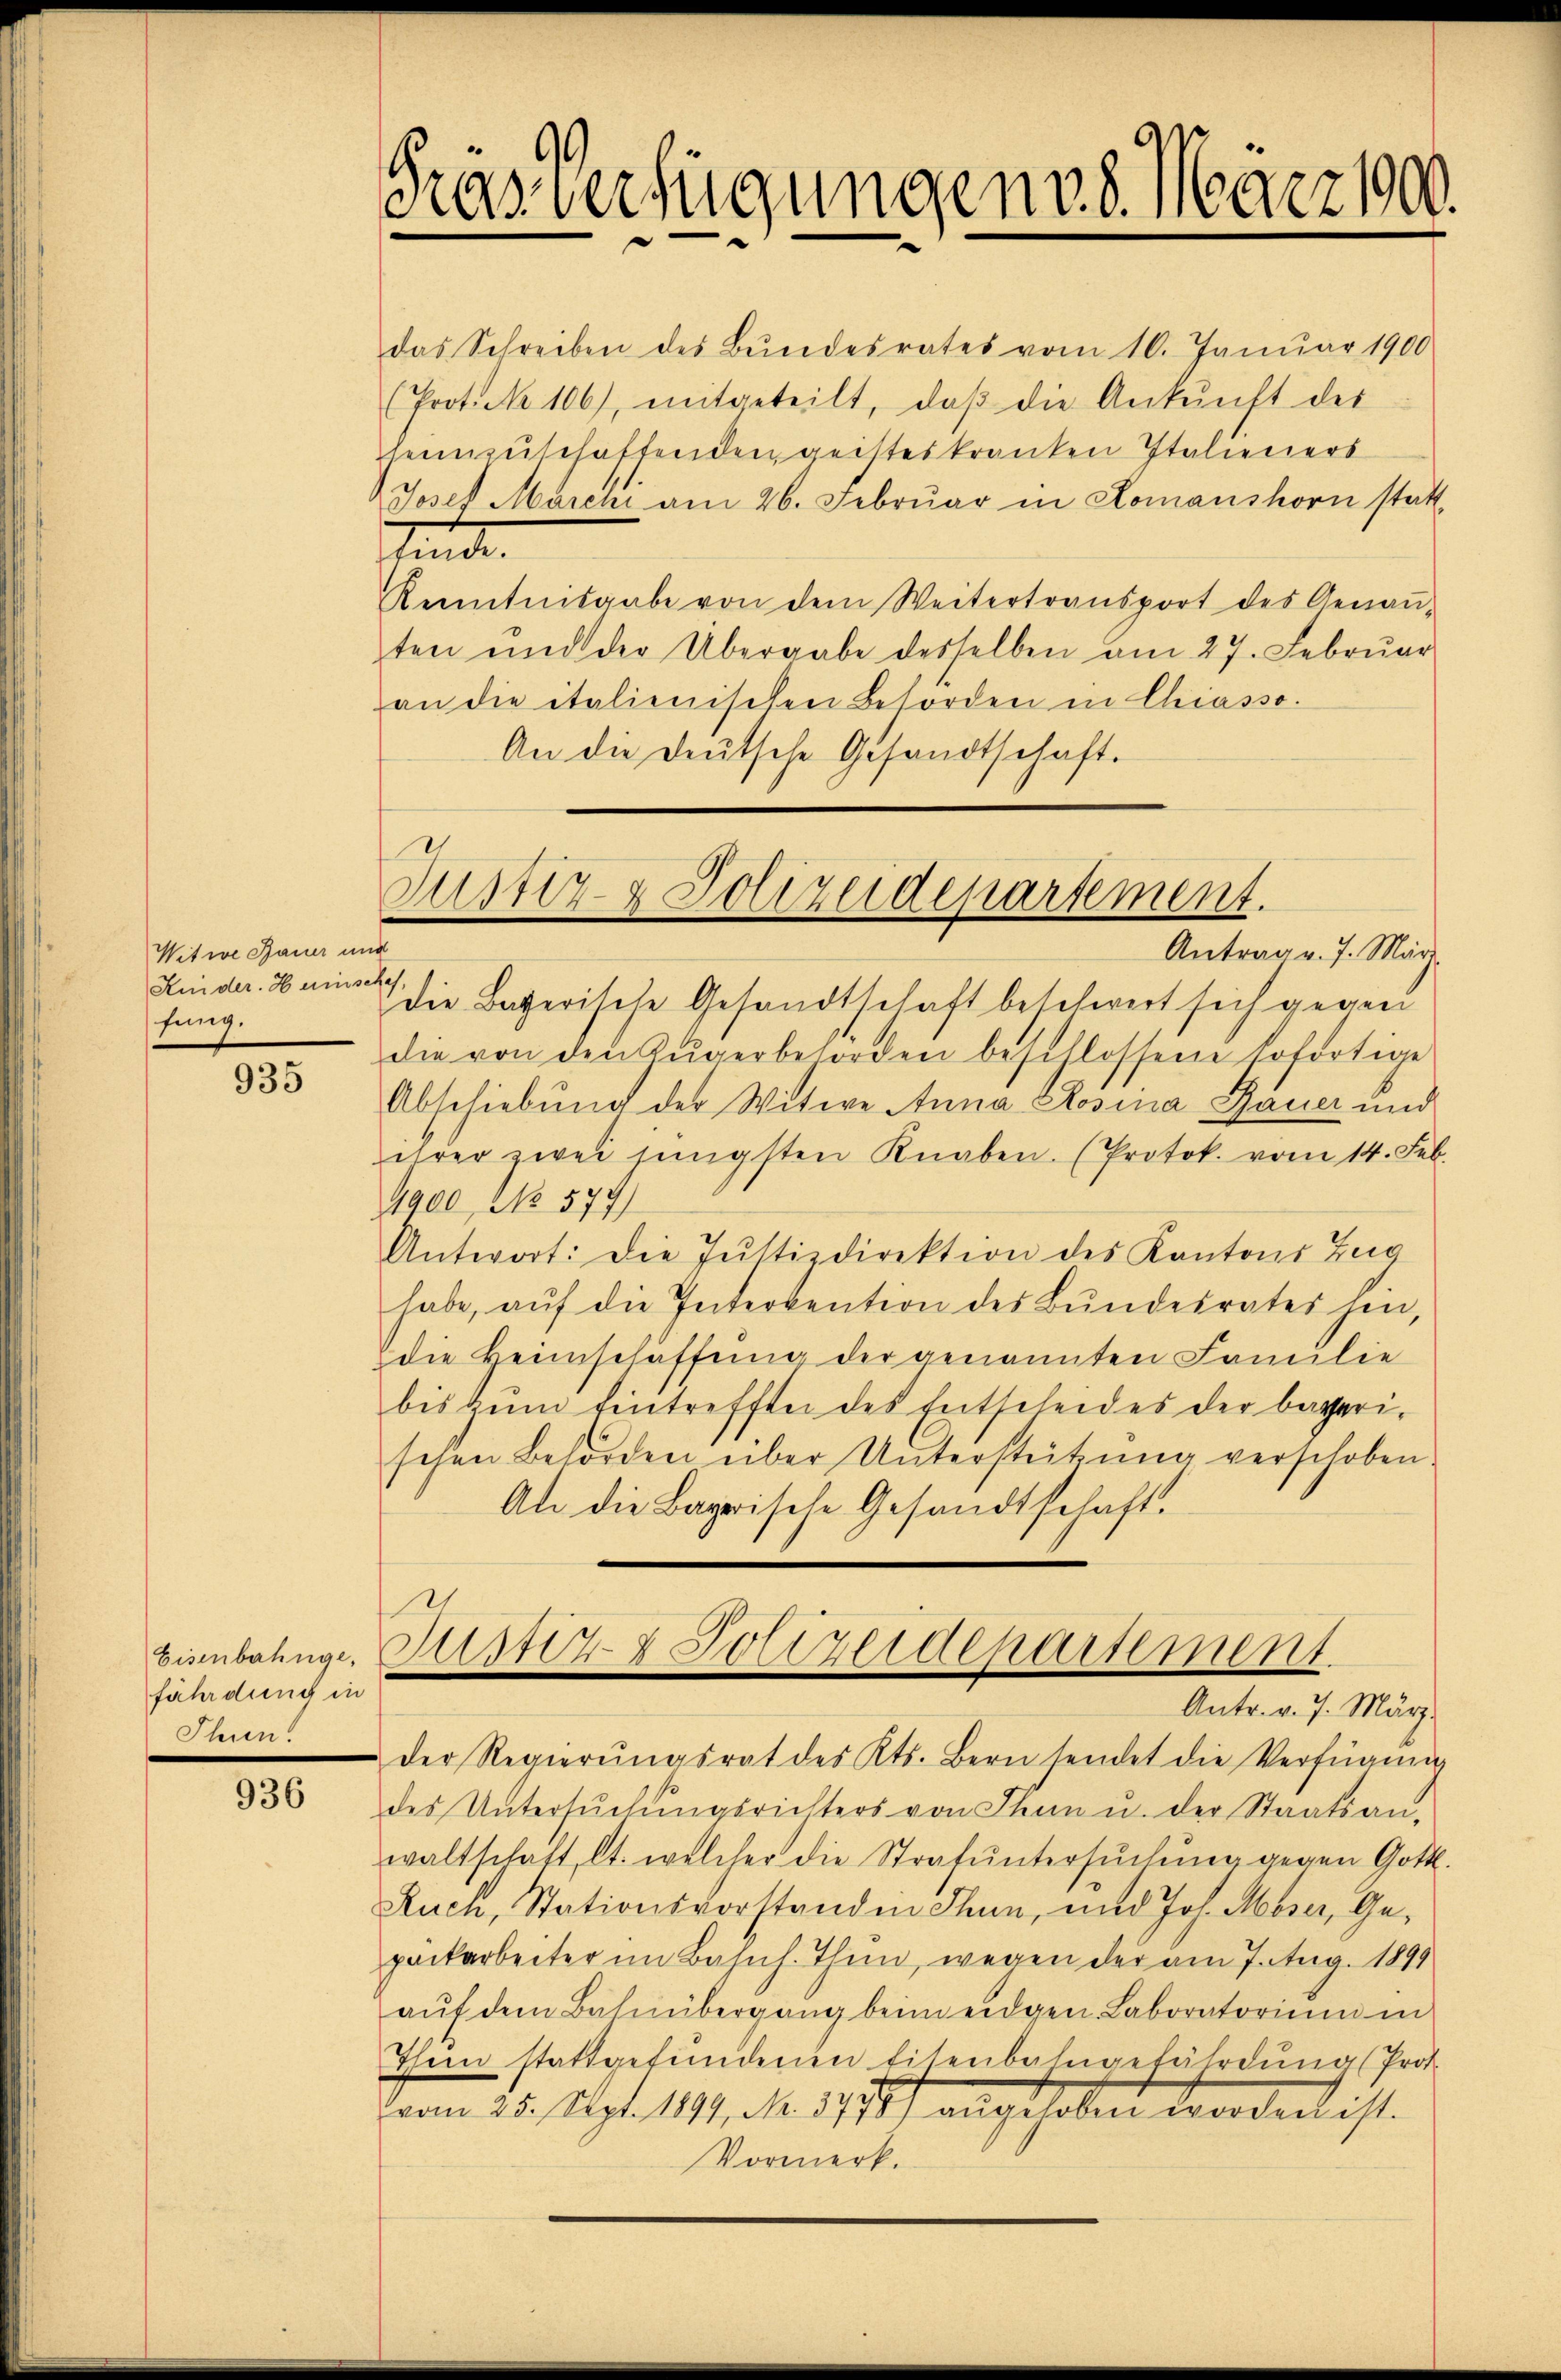
Witwe Bauer und
Kinder. Hase
fung.

935

Eisenbahnge,
fährdung in
Thun.

936

Gras Verfügungen v. 8. März 100.

das Schreiben des Bŭndesrates vom 10. Januar 1900
(Prot. No 106), mitgeteilt, daβ die Ankunft des
heimzuschaffenden geisteskranken Italieners
Josef Marchi am 26. Febrŭar in Komanshorn statt,
tunde.
Kenntnisgabe von dem Weitertransport des Genaṅ-
ten und der Übergabe desselben am 27. Febrŭar
an die italienischen Behörden in Chiasso.
An die deutsche Gesandtschaft.

Justiz- & Polizeidepartement.
s
Antrag v. 7. März.

.
die Bayerische Gesandtschaft beschwert sich gegen
die von den Zŭgerbehörden beschlossene sofortige
Abschiebung der Witwe Anna Rosina Bauer und
ihrer zwei jüngsten Knaben. (Protok. vom 14. Feb.
1900, No 579)
Antwort: Die Justizdirektion des Kantons Zug
habe, aŭf die Intervention des Bŭndesrates hin,
die Heimschaffung der genannten Familie
bis zŭm Eintreffte des Entscheides der bayeri-
schen Behörden über Unterstützung verschoben.
Als die Bayrische Gesandtschaft.

Junz Polizeidepartement.
Antr. v. 7. März

der Regierŭngsrat des Kts. Bern sendet die Verfügung
des Untersŭchŭngsrichters von Thun u. der Staatsan-
waltschaft, lt. welcher die Strafŭntersŭchŭng gegen Gott.
Auch, Stationsvorstanden Thun, und Joh. Moser, Gepackarbeiter im Bahnh. Thun, wegen der am 7. Aug. 1899
aŭf dem Bahnübergang beim eidgen. Laboratorium in
Them stattgefundenen Eisenbahngefährdung Prot.
vom 25. Sept. 1191, No. 3771) angeselben worden ist.
Vormerk.